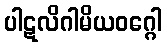
ပါဋလိဂါမိယဝဂ္ဂေါ